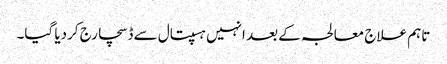
تاہم علاج معالجہ کے بعد انہیں ہسپتال سے ڈسچارج کردیا گیا۔